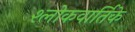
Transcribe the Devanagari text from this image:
श्लोकवार्तिके